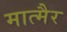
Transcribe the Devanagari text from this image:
मात्मैर